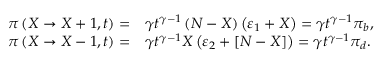
\begin{array} { r l } { \pi \left( X \rightarrow X + 1 , t \right) = } & { \gamma t ^ { \gamma - 1 } \left( N - X \right) \left( \varepsilon _ { 1 } + X \right) = \gamma t ^ { \gamma - 1 } \pi _ { b } , } \\ { \pi \left( X \rightarrow X - 1 , t \right) = } & { \gamma t ^ { \gamma - 1 } X \left( \varepsilon _ { 2 } + \left[ N - X \right] \right) = \gamma t ^ { \gamma - 1 } \pi _ { d } . } \end{array}